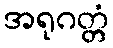
အရုဂတ္တံ